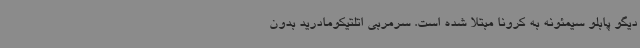
دیگو پابلو سیمئونه به کرونا مبتلا شده است. سرمربی اتلتیکومادرید بدون